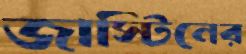
জাস্টিনের